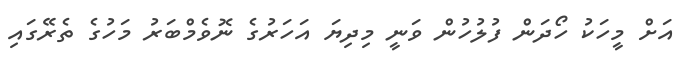
އަށް މީހަކު ހޯދަން ފުލުހުން ވަނީ މިދިޔަ އަހަރުގެ ނޮވެމްބަރު މަހުގެ ތެރޭގައި